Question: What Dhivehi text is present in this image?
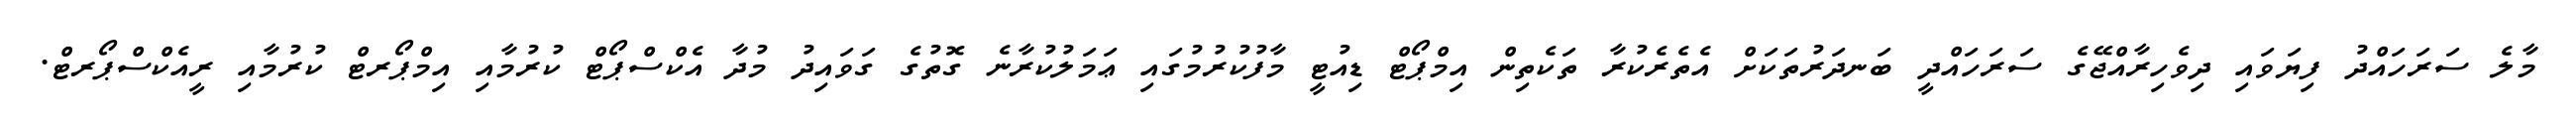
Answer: މާލެ ސަރަހައްދު ފިޔަވައި ދިވެހިރާއްޖޭގެ ސަރަހައްދީ ބަނދަރުތަކަށް އެތެރެކުރާ ތަކެތިން އިމްޕޯޓް ޑިއުޓީ މާފުކުރުމުގައި ޢަމަލުކުރާނެ ގޮތުގެ ގަވައިދު މުދާ އެކްސްޕޯޓް ކުރުމާއި އިމްޕޯރޓް ކުރުމާއި ރީއެކްސްޕޯރޓް.